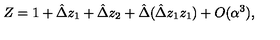
Z = 1 + \hat { \Delta } z _ { 1 } + \hat { \Delta } z _ { 2 } + \hat { \Delta } ( \hat { \Delta } z _ { 1 } z _ { 1 } ) + O ( \alpha ^ { 3 } ) ,